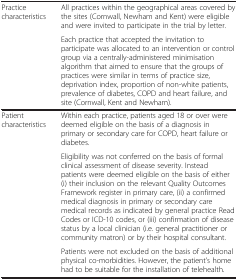
<table><thead><tr><td><b> </b></td><td><b> </b></td></tr></thead><tbody><tr><td rowspan="2">Practice characteristics</td><td>All practices within the geographical areas covered by the sites (Cornwall, Newham and Kent) were eligible and were invited to participate in the trial by letter.</td></tr><tr><td>Each practice that accepted the invitation to participate was allocated to an intervention or control group via a centrally-administered minimisation algorithm that aimed to ensure that the groups of practices were similar in terms of practice size, deprivation index, proportion of non-white patients, prevalence of diabetes, COPD and heart failure, and site (Cornwall, Kent and Newham).</td></tr><tr><td rowspan="3">Patient characteristics</td><td>Within each practice, patients aged 18 or over were deemed eligible on the basis of a diagnosis in primary or secondary care for COPD, heart failure or diabetes.</td></tr><tr><td>Eligibility was not conferred on the basis of formal clinical assessment of disease severity. Instead patients were deemed eligible on the basis of either (i) their inclusion on the relevant Quality Outcomes Framework register in primary care, (ii) a confirmed medical diagnosis in primary or secondary care medical records as indicated by general practice Read Codes or ICD-10 codes, or (iii) confirmation of disease status by a local clinician (i.e. general practitioner or community matron) or by their hospital consultant.</td></tr><tr><td>Patients were not excluded on the basis of additional physical co-morbidities. However, the patient’s home had to be suitable for the installation of telehealth.</td></tr></tbody></table>